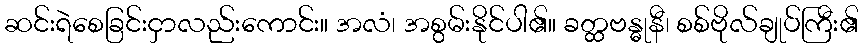
ဆင်းရဲစေခြင်းငှာလည်းကောင်း။ အလံ၊ အစွမ်းနိုင်ပါ၏။ ခတ္ထဗန္ဓုနီ၊ စစ်ဗိုလ်ချုပ်ကြီး၏